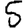
Digit: 5